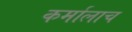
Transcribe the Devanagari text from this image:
कर्मालाच